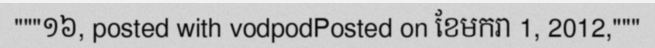
"""១៦, posted with vodpodPosted on ខែមករា 1, 2012,"""